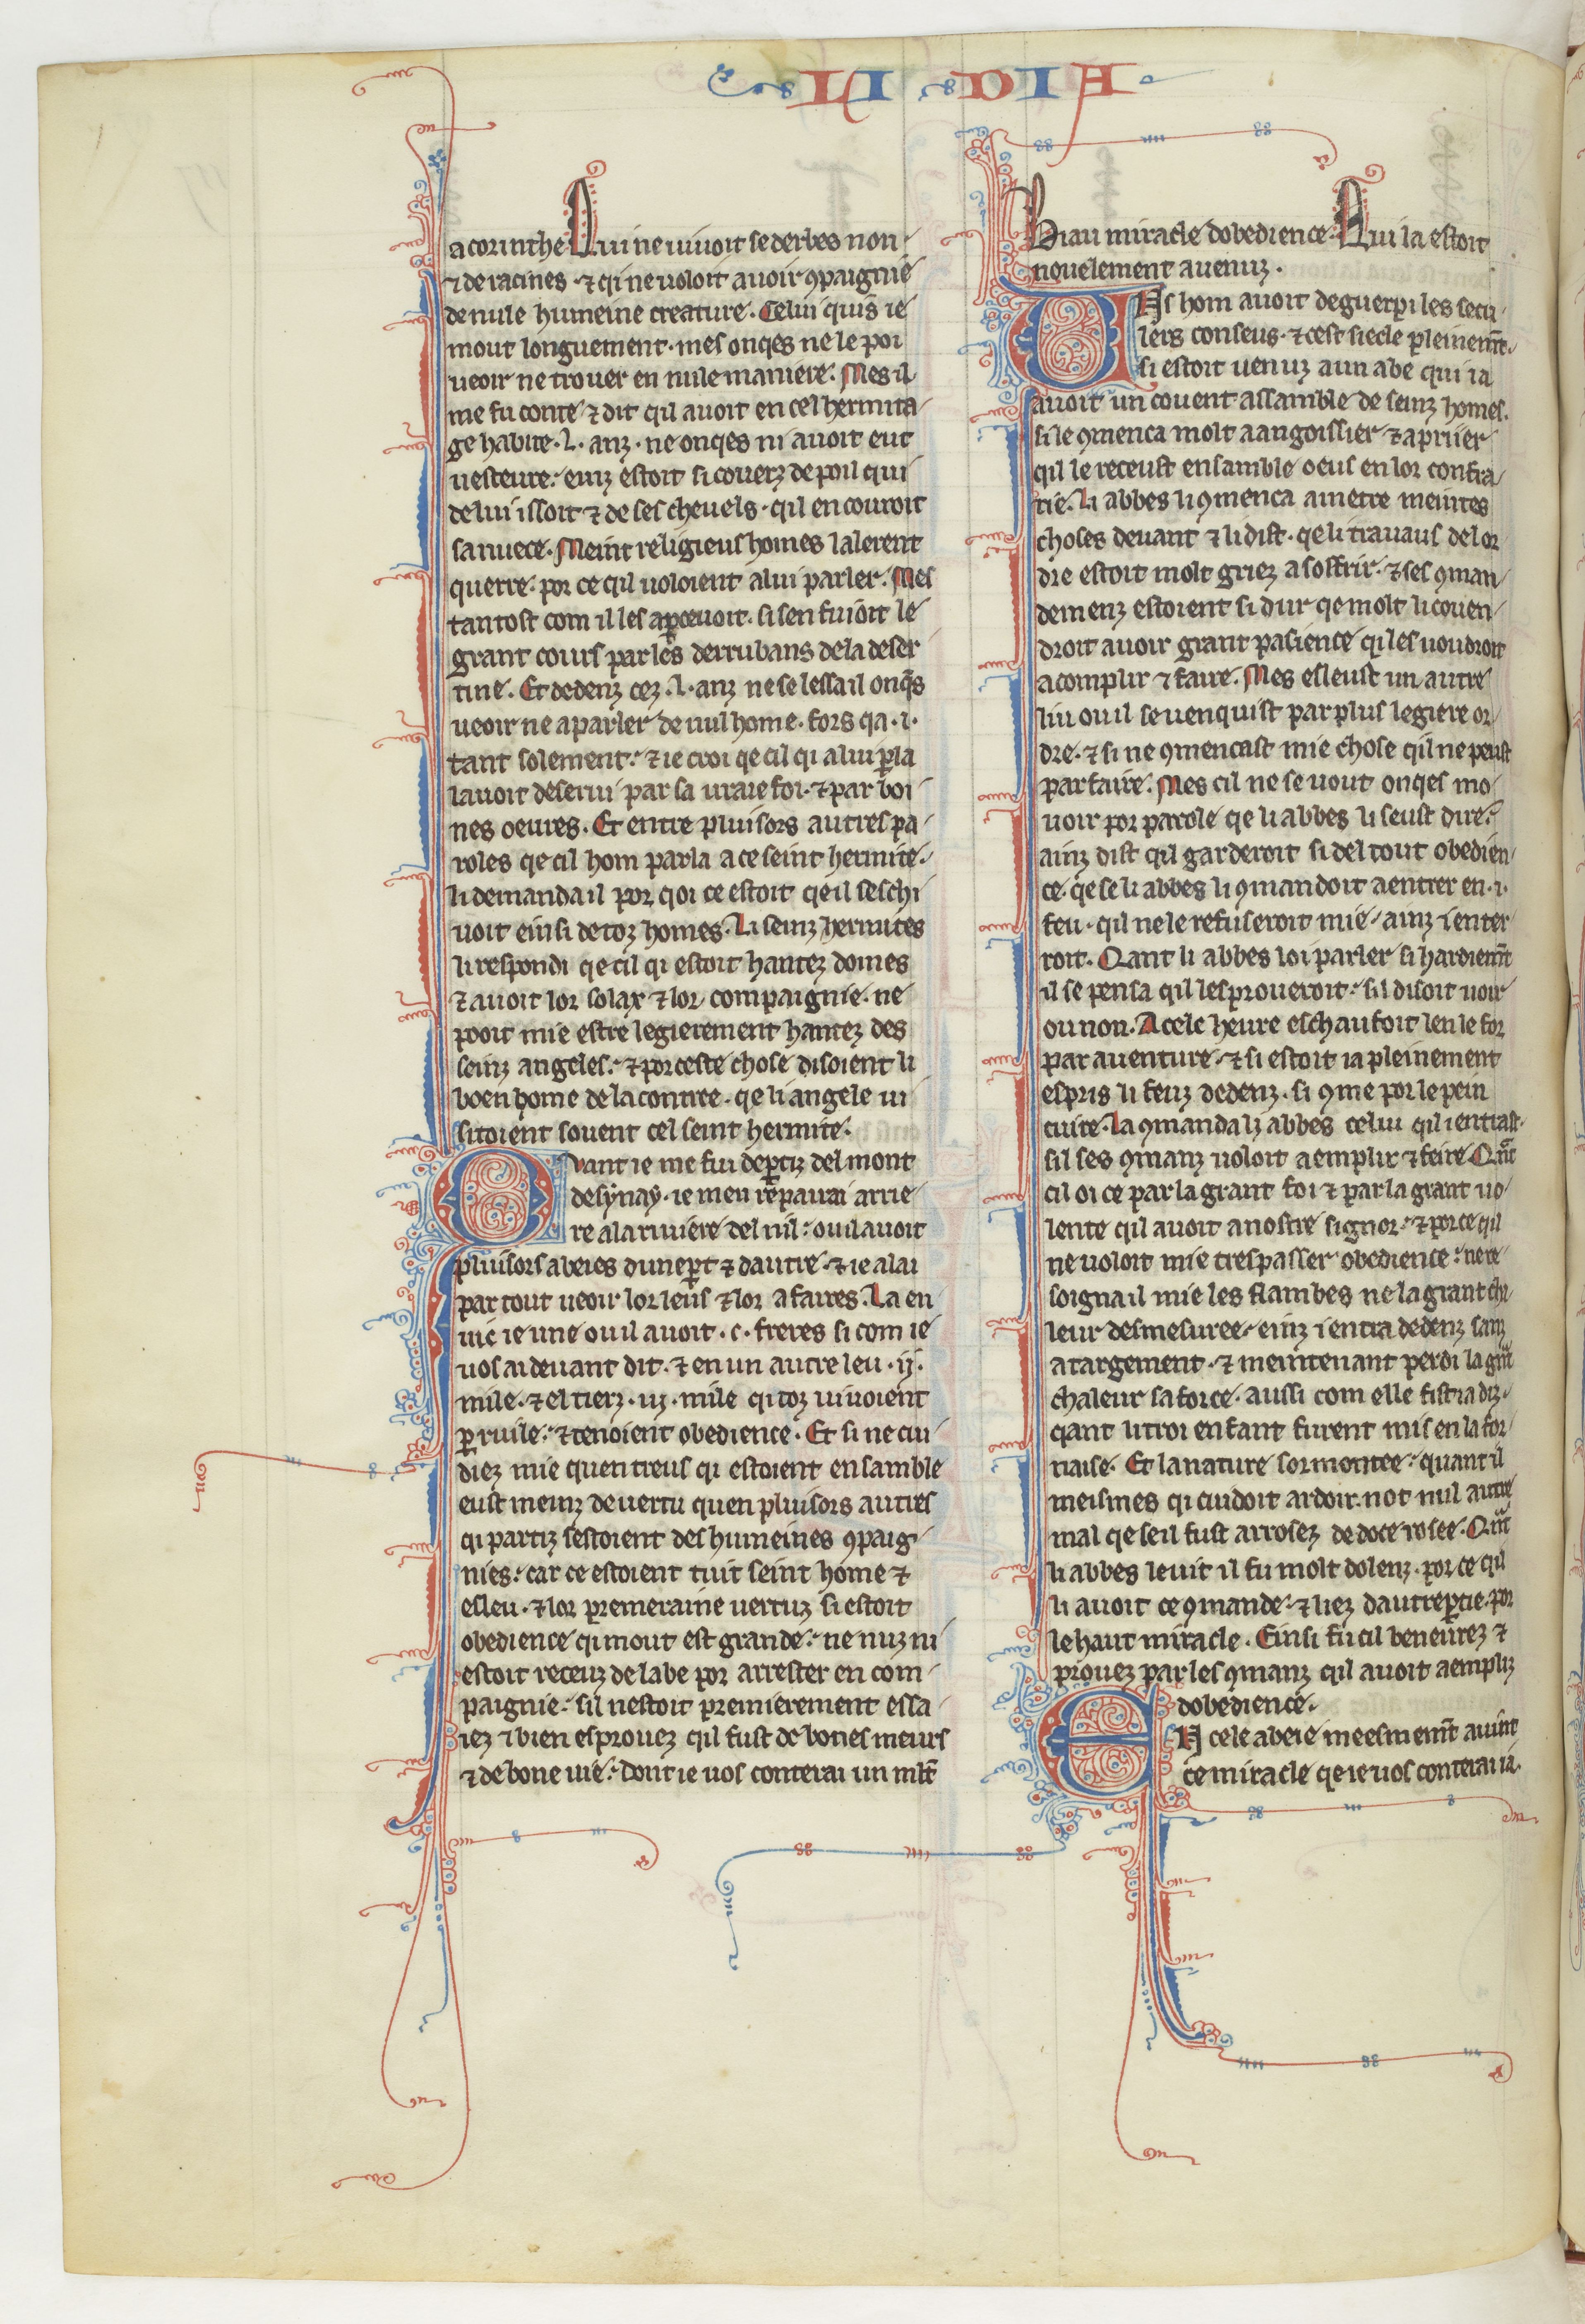
Shelfmark: Paris, BnF, fr. 412
Century: 13